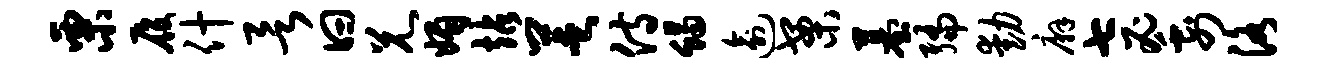
栗履什欲曰兄媚站芝侍蝎逾案墓编动廨七蜜四洛